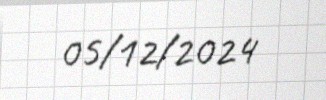
05/12/2024